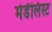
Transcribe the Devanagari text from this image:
मेडॅलिस्ट